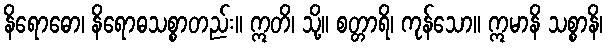
နိရောဓော၊ နိရောဓသစ္စာတည်း။ ဣတိ၊ သို့။ စတ္တာရိ၊ ကုန်သော။ ဣမာနိ သစ္စာနိ၊